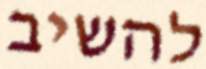
להשיב